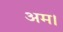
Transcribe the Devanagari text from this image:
अम।